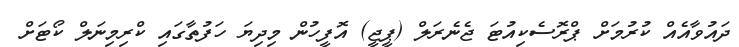
ދައުވާއެއް ކުރުމަށް ޕްރޮސެކިއުޓަ ޖެނެރަލް (ޕީޖީ) އޮފީހުން މިދިޔަ ހަފުތާގައި ކްރިމިނަލް ކޯޓަށް